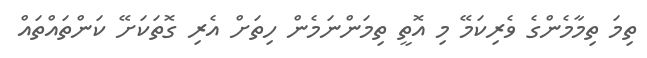
ތިމަ ތިމާމެންގެ ވެރިކަމޭ މި އޮތީ ތިމަންނަމެން ހިތަށް އެރި ގޮތަކަށޭ ކަންތައްތައް